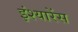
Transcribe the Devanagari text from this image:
इंश्यारेंस